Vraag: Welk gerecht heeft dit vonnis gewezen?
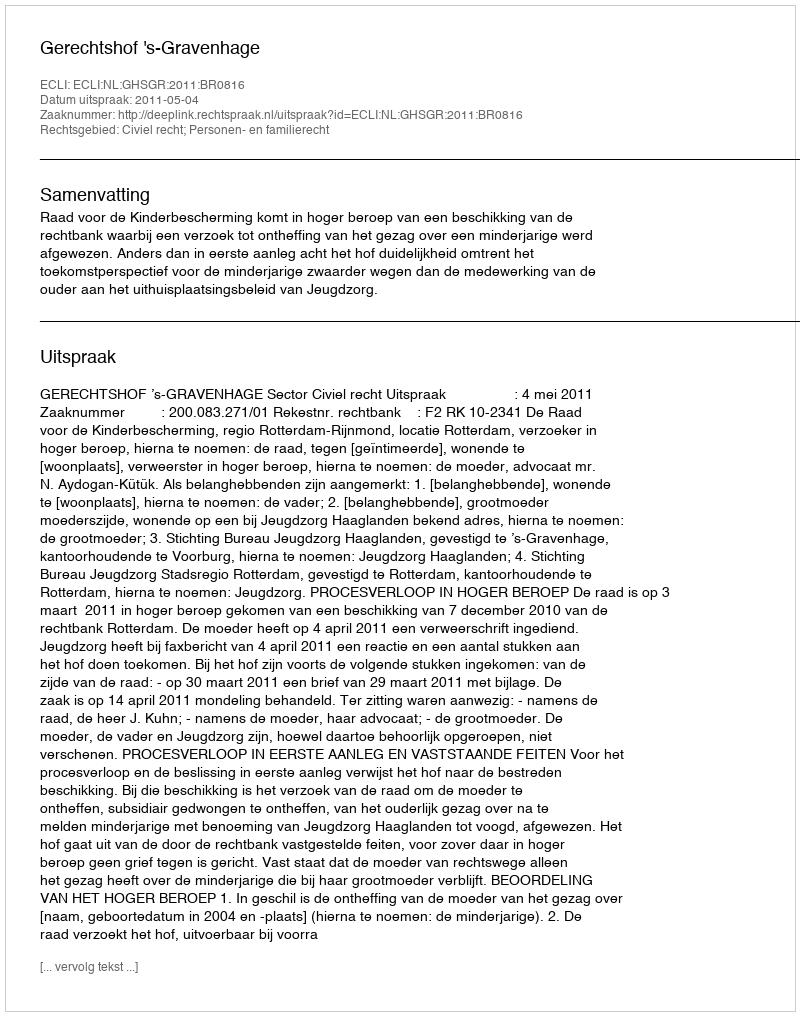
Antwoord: Gerechtshof 's-Gravenhage